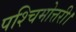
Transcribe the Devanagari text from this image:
पश्चिमोत्तरी।